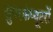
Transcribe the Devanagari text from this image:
सुपरकंप्यूटरों